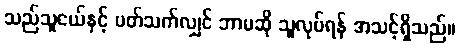
သည်သူငယ်နှင့် ပတ်သက်လျှင် ဘာမဆို သူလုပ်ရန် အသင့်ရှိသည်။